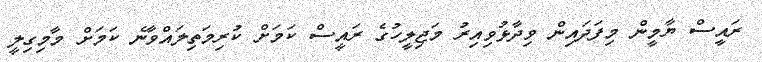
ރައީސް ޔާމީން މިފަދައިން ވިދާޅުވިއިރު މަޖިލީހުގެ ރައީސް ކަމަށް ކުރިމަތިލައްވާނެ ކަމަށް މާމިގިލީ